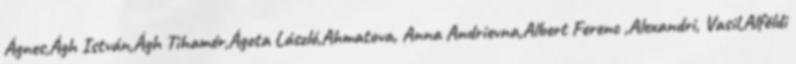
Ágnes,Ágh István,Ágh Tihamér,Ágota László,Ahmatova, Anna Andrievna,Albert Ferenc ,Alexandri, Vasil,Alföldi